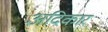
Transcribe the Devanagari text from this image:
अदिकार